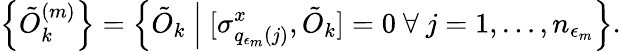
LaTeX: \left\{ \tilde{O}_{k}^{(m)}\right\} =\left\{ \tilde{O}_{k}~\Big|~[\sigma_{q_{\epsilon_{m}}(j)}^{x},\tilde{O}_{k}]=0~\forall~j=1,\dots,n_{\epsilon_{m}}\right\} .